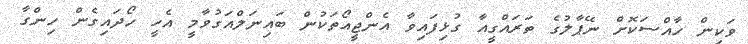
ވަކިން ހާއްސަކޮށް ނޭޕާލުގެ ތަރައްގީއާ ގުޅިފައިވާ އެންޖީއޯތަކުން ބައިނަލްއަގުވާމީ އެހީ ހޯދައިގެން ހިންގާ